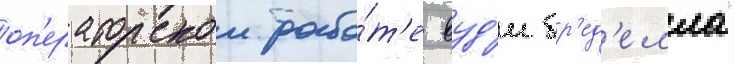
оп'ераторскои рабо́т'е вуд'и бр'ед'елла"